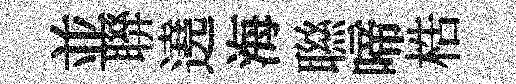
並聨遶海聮啼梏